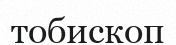
тобископ